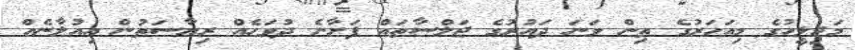
މަޖިލީހުގެ މިއަހަރުގެ ތިން ވަނަ ދައުރުގެ ޖަލްސާތައް ފަށާނެ ދުވަހެއް ރިޔާސަތުން އިއުލާނެއް